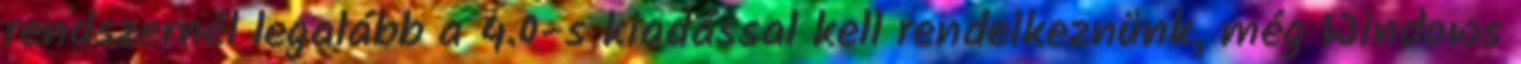
rendszernél legalább a 4.0-s kiadással kell rendelkeznünk, még Windows